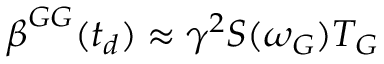
\boldsymbol { \beta } ^ { G G } ( t _ { d } ) \approx \gamma ^ { 2 } \boldsymbol { S } ( \omega _ { G } ) T _ { G }